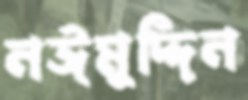
নঈমুদ্দিন